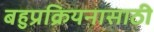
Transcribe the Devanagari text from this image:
बहुप्रक्रियनासाठी